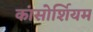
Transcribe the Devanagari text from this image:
कांसोर्शियम